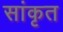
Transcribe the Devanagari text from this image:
सांकृत